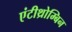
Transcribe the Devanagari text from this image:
एंटीथ्रोम्बिन